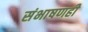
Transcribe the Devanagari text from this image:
संभाषणही